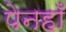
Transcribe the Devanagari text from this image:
पेनहाँ